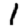
Digit: 1